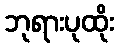
ဘုရားပုထိုး